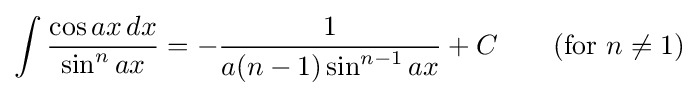
\int {\frac {\cos ax\,dx}{\sin ^{n}ax}}=-{\frac {1}{a(n-1)\sin ^{n-1}ax}}+C\qquad {\mbox{(for }}n\neq 1{\mbox{)}}